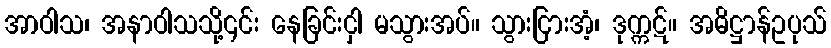
အာဝါသ၊ အနာဝါသသို့၎င်း နေခြင်းငှါ မသွားအပ်။ သွားငြားအံ့၊ ဒုက္ကဋ်။ အဓိဋ္ဌာန်ဥပုသ်